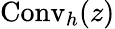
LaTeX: {\mathrm{Conv}}_{h}(z)